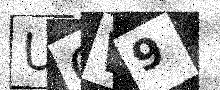
Text: UOW9